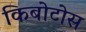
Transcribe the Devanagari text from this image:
किबोटोस